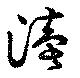
涜